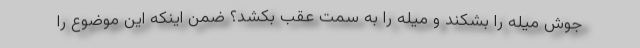
جوش میله را بشکند و میله را به سمت عقب بکشد؟ ضمن اینکه این موضوع را